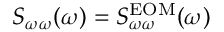
S _ { \omega \omega } ( \omega ) = S _ { \omega \omega } ^ { \mathrm { E O M } } ( \omega )